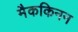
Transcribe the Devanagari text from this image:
मैककिनन